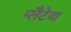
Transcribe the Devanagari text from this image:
प्लैटेया